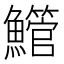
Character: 䲘